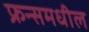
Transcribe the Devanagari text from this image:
फ्रन्समधील